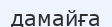
дамайға